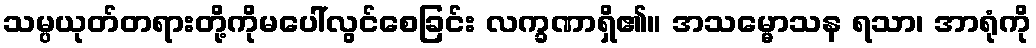
သမ္ပယုတ်တရားတို့ကိုမပေါ်လွင်စေခြင်း လက္ခဏာရှိ၏။ အသမ္မောသန ရသာ၊ အာရုံကို